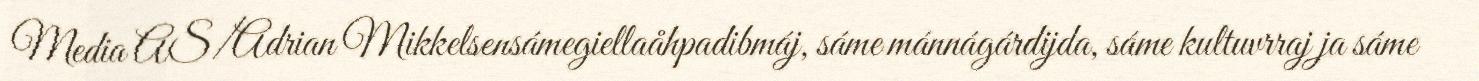
Media AS/Adrian Mikkelsensámegiellaåhpadibmáj, sáme mánnágárdijda, sáme kultuvrraj ja sáme